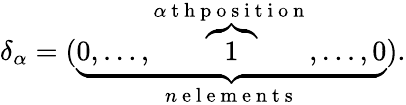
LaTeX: \delta_{\alpha}=(\underset{n\mathrm{~e~l~e~m~e~n~t~s~}}{\underbrace{0,\dots,\overset{\alpha\mathrm{~t~h~p~o~s~i~t~i~o~n~}}{\overbrace 1},\dots,0}}).